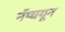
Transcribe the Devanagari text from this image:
नॅप्चयून